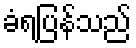
ခံရပြန်သည်